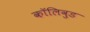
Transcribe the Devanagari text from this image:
कॉलिवुड